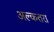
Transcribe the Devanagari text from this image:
अल्कतरा